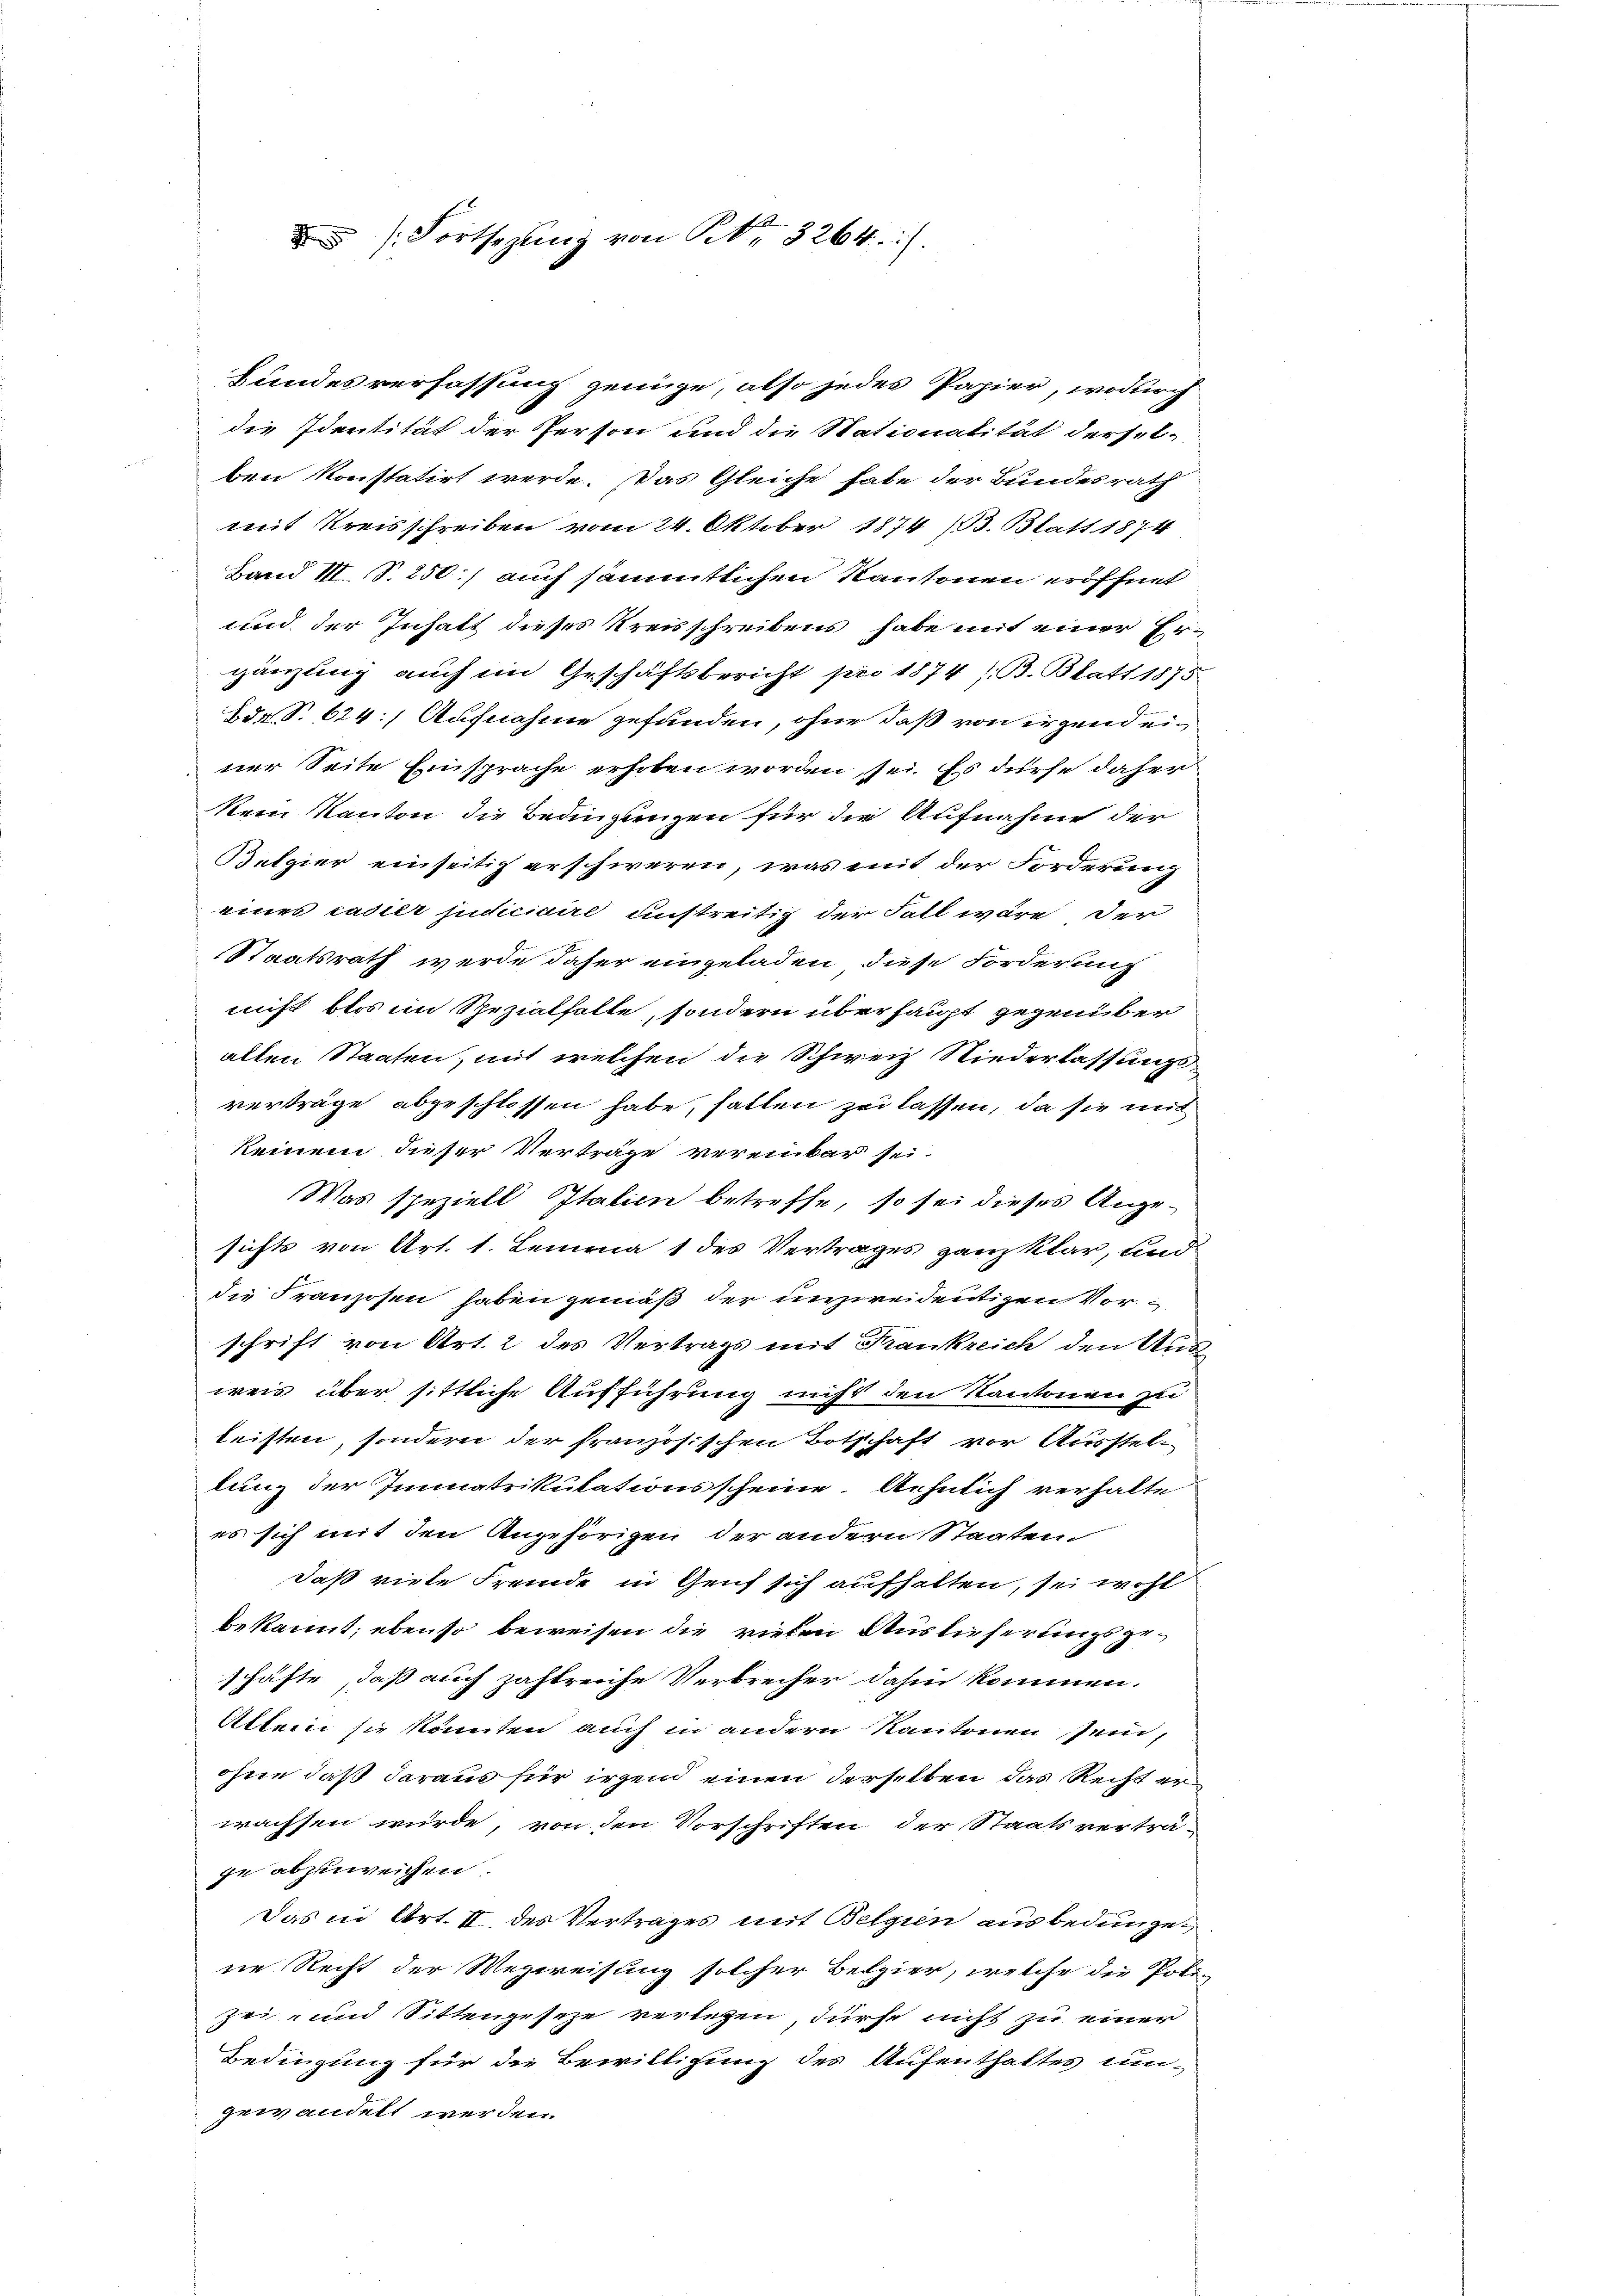
/. Fortsezung von Nr. 3264.

mit Kreisschreiben vom 24. Oktober 1874 (B. Blatt 1874
Band III. S. 250.) auch sämmtlichen Kantonen eröffnet
und der Inhalt dieses Kreisschreibens habe mit einer Er-
gänzung auch im Geschäftsbericht pro 1874 (B. Blatt 1875
Br S. 624. Aufnahme gefunden, ohne daß von irgend einer Seite Einsprache erhoben worden sei. Es dürfe daher
Nein Kanton die Bedingungen für die Aufnahme der
Belgier einseitig erschweren, was mit der Forderung
eines casier judiciaire unstreitig der Fall wäre der
Staatsrath werde daher eingeladen, diese Forderung
nicht blos im Spezialfalte, sondern überhaupt gegenüber
alten Staaten, mit welchen die Schweiz Niederlassungsverträge abgeschlossen habe, fallen zu lassen, da sie mit
keinem dieser Verträge vereinbar sei.
Was speziell Italien betreffe, so sei dieses Angesichts von Art. 1. Lemma 1 des Vertrages ganz klar, und
die Franzosen haben gemäß der unzweideutigen Vorschrift von Art. 2 des Vertrags mit Frankreich den Ausweis über sittliche Aufführung nicht den Kantonen zu
leisten, sondern der französischen Botschaft vor Ausstellung der Immatrikulationsscheine Aehnlich verhalte
es sich mit den Angehörigen der andern Staaten
daß viele Fremde in Genf sich aufhalten, sei wohl
bekannt; ebenso beweisen die vielen Ausliefertingsgeschäfte, daß auch zahlreiche Verbrecher dahin kommen.
Alter sie könnten auch in andern Kantonen sein,
ohne daß daraus für irgen einen derselben das Recht er
wachsen würde, von den Vorschriften der Staatsverträge abzuweichen.
Das in Art. II. des Vertrages mit Belgien ausbedungen
ne Recht der Wegweisung solcher Betrier, welche die Poli-
ze   und Sittengeseze verletzen, dürfe nicht zu einer
Bedingung für die Bewilligung des Aufenthaltes um-
gewandelt werden.

Hundesverfassung genüge, also jedes Papier, wodurch
die Identität der Person und die Stationalität dersel-
ben konstatirt werde. Das Gleiche habe der Bundesrath